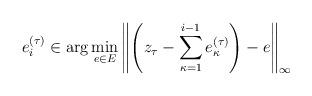
LaTeX: \begin{align*}e^{(\tau)}_i \in \arg \min_{e \in E} \left\| \left( z_\tau - \sum_{\kappa=1}^{i-1} e_\kappa^{(\tau)} \right) - e \right\|_\infty \end{align*}